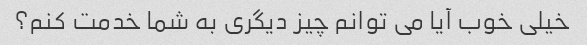
خیلی خوب آیا می توانم چیز دیگری به شما خدمت کنم؟